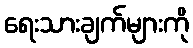
ရေးသားချက်များကို